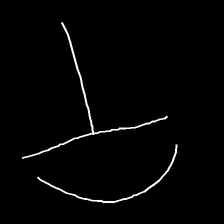
Glyph: dispersion